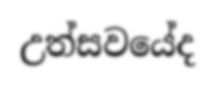
උත්සවයේද